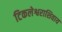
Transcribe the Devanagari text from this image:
टिकलेश्वराशिवाय